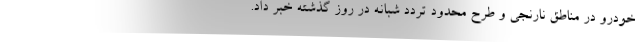
خودرو در مناطق نارنجی و طرح محدود تردد شبانه در روز گذشته خبر داد.